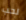
لحب